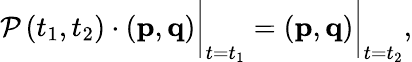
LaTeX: \begin{array}{r}{\mathcal{P}\left(t_{1},t_{2}\right)\cdot\left(\mathbf{p},\mathbf{q}\right)\biggr\rvert_{t=t_{1}}=\left(\mathbf{p},\mathbf{q}\right)\biggr\rvert_{t=t_{2}},}\end{array}